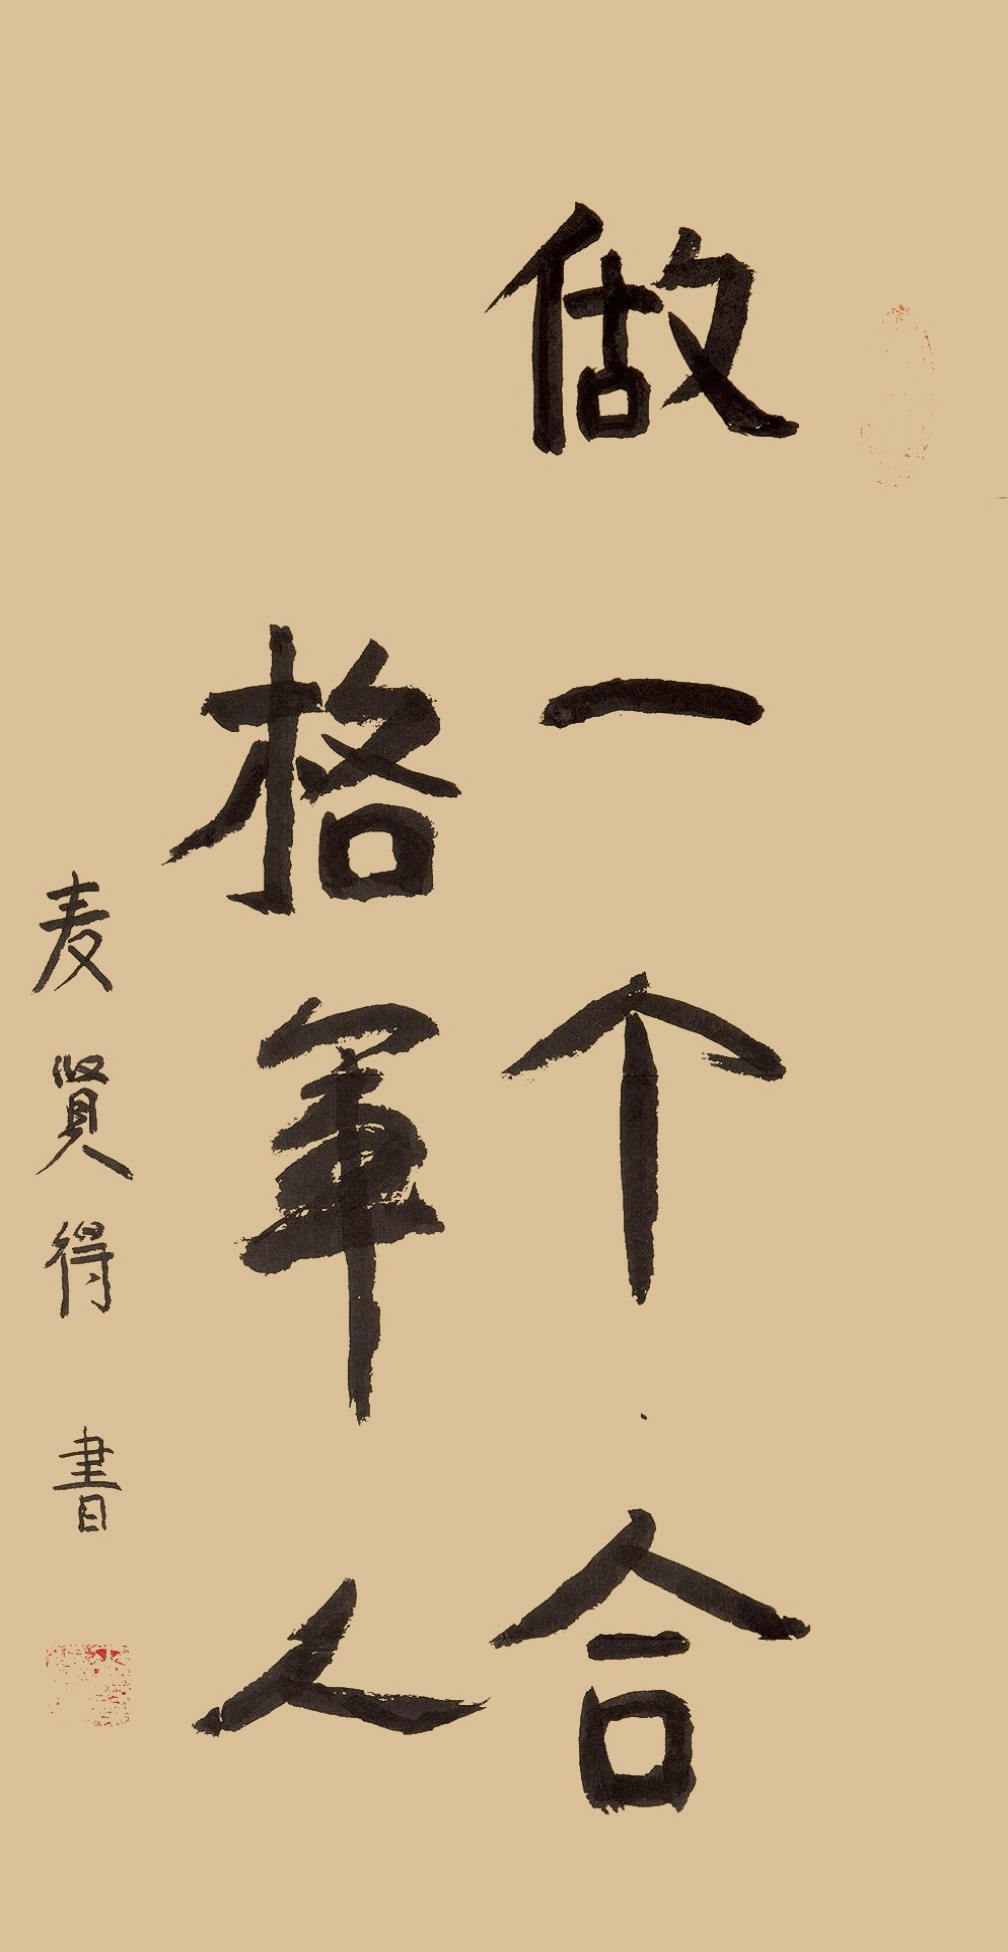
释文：做一个合格军人。麦贤得书。